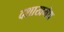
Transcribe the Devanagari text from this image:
दशाखमेध